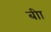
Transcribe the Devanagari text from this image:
बीा